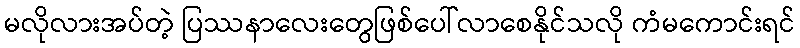
မလိုလားအပ်တဲ့ ပြဿနာလေးတွေဖြစ်ပေါ်လာစေနိုင်သလို ကံမကောင်းရင်